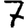
Digit: 7